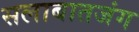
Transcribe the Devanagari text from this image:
सलाबातजंग